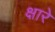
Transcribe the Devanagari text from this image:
क्षारे